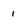
Character: 1